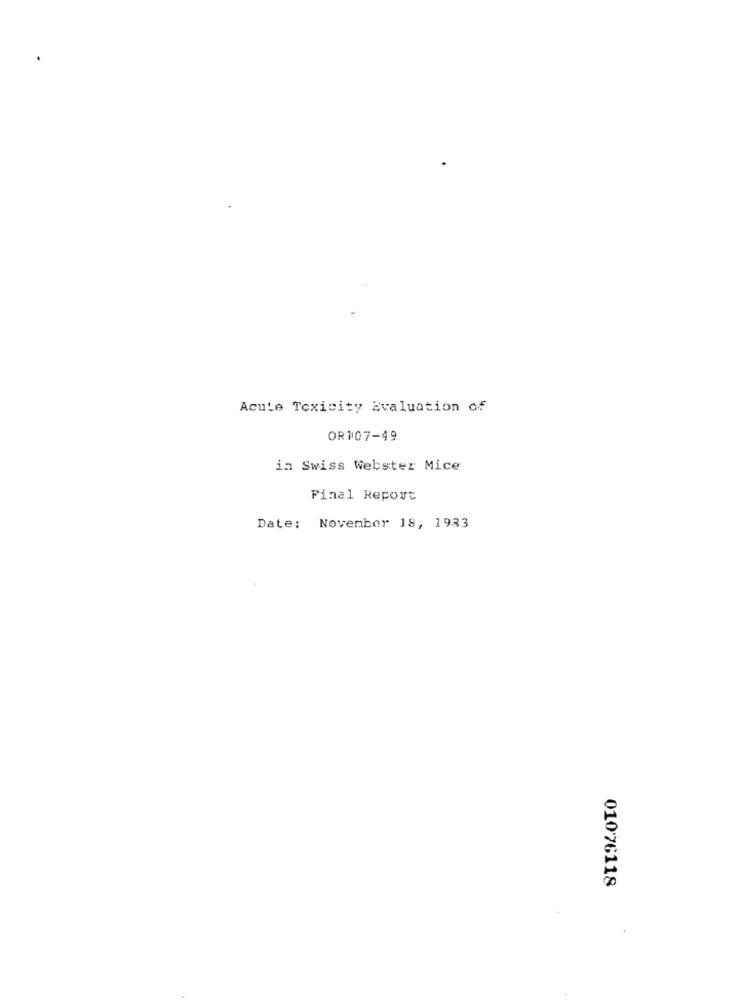
Acute Toxicity Evaluation of
OR107-49
in Swiss Webster Mice
Final Report
Date: November 18, 1933
01076118